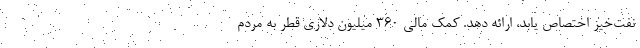
نفت‌خیز اختصاص یابد، ارائه دهد. کمک مالی ۳۶۰ میلیون دلاری قطر به مردم